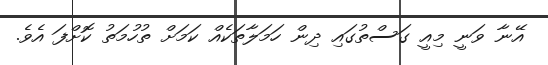
އޭނާ ވަނީ މިއީ ގަސްތުގައި ދިން ހަމަލާތަކެއް ކަމަށް ތުހުމަތު ކޮށްފަ އެވެ.